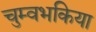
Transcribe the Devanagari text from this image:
चुम्वभकिया